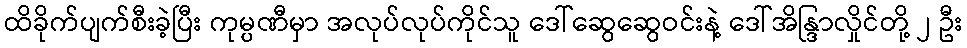
ထိခိုက်ပျက်စီးခဲ့ပြီး ကုမ္ပဏီမှာ အလုပ်လုပ်ကိုင်သူ ဒေါ်ဆွေဆွေဝင်းနဲ့ ဒေါ်အိန္ဒြာလှိုင်တို့ ၂ ဦး